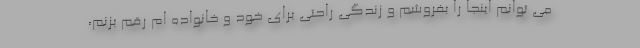
می توانم اینجا را بفروشم و زندگی راحتی برای خود و خانواده ام رقم بزنم،